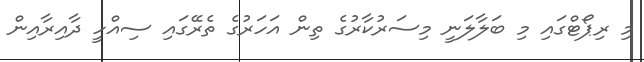
މި ރިޕޯޓްގައި މި ބަލާލަނީ މިސަރުކާރުގެ ތިން އަހަރުގެ ތެރޭގައި ސިއްހީ ދާއިރާއިން